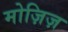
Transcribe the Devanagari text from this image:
मोज़िज़